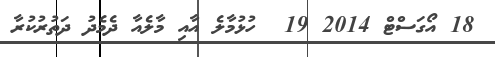
18 އޯގަސްޓް 2014 19  ހުޅުމާލެ އާއި މާލެއާ ދެމެދު ދަތުރުކުރާ